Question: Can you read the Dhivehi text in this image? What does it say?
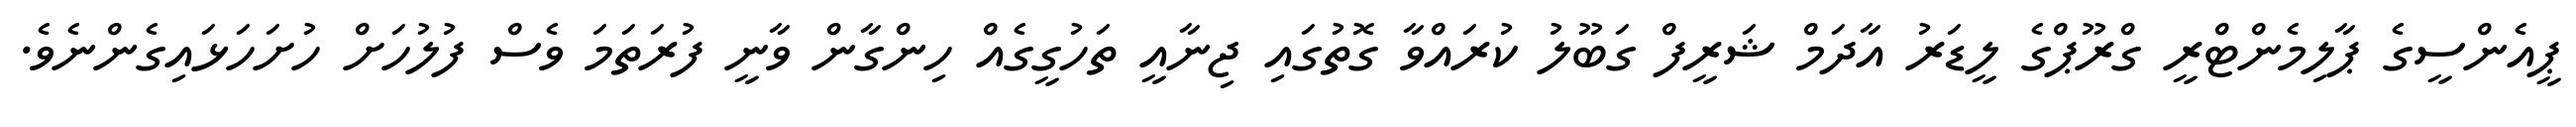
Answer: ޕީއެންސީގެ ޕާލިމެންޓްރީ ގްރޫޕްގެ ލީޑަރު އާދަމް ޝަރީފް ގަބޫލު ކުރައްވާ ގޮތުގައި ޖިނާއީ ތަހުގީގެއް ހިންގާން ވާނީ ފުރަތަމަ ވެސް ފުލުހަށް ހުށަހަޅައިގެންނެވެ.